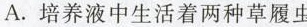
A.培养液中生活着两种草履虫